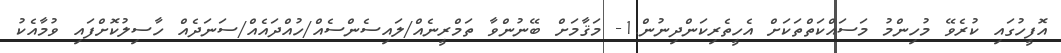
އޮފީހުގައި ކުރެވޭ މުހިންމު މަސައްކަތްތަކަށް އެހީތެރިކަންދިނުން.1- މަޤާމަށް ބޭނުންވާ ތަމްރީނެއް/ލައިސެންސެއް/ހުއްދައެއް/ސަނަދެއް ހާސިލުކޮށްފައި ވުމާއެކު